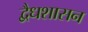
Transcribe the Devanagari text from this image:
द्वैधशासन